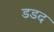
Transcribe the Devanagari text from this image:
डडद